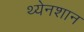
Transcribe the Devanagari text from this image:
थ्येनशान